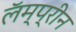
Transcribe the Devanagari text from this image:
लॅम्प्रीन